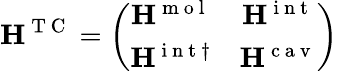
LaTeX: {\mathbf{H}}^{\mathrm{~T~C~}}=\left(\begin{array}{cc}{{\mathbf{H}}^{\mathrm{~m~o~l~}}}&{{\mathbf{H}}^{\mathrm{~i~n~t~}}}\\ {{\mathbf{H}}^{\mathrm{~i~n~t~}\dagger}}&{{\mathbf{H}}^{\mathrm{~c~a~v~}}}\end{array}\right)